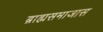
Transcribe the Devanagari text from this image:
ब्राह्मसमाजास